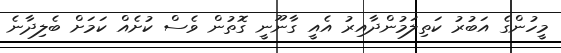
މީހުންގެ އަބުރު ކަތިލަމުންދާއިރު އެއީ ގާނޫނީ ގޮތުން ވެސް ކުށެއް ކަމަށް ބެލިދާނެ